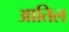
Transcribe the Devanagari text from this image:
आतिल